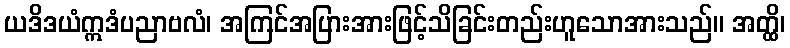
ယဒိဒယံဣဒံပညာဗလံ၊ အကြင်အပြားအားဖြင့်သိခြင်းတည်းဟူသောအားသည်။ အတ္ထိ၊